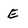
Character: E